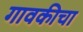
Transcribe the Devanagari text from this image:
गावकीचा